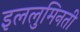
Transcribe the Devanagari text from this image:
इललुमिनती